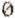
0